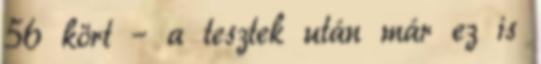
56 kört – a tesztek után már ez is